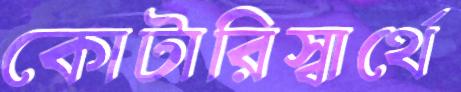
কোটারিস্বার্থে